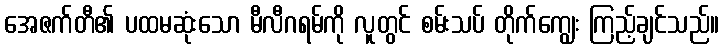
အေဇက်တီ၏ ပထမဆုံးသော မီလီဂရမ်ကို လူတွင် စမ်းသပ် တိုက်ကျွေး ကြည့်ချင်သည်။